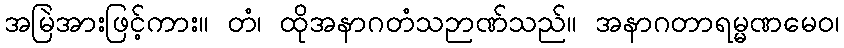
အမြဲအားဖြင့်ကား။ တံ၊ ထိုအနာဂတံသဉာဏ်သည်။ အနာဂတာရမ္မဏမေဝ၊